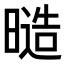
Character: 𭧙